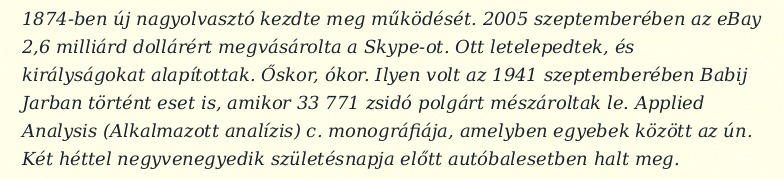
1874-ben új nagyolvasztó kezdte meg működését. 2005 szeptemberében az eBay 2,6 milliárd dollárért megvásárolta a Skype-ot. Ott letelepedtek, és királyságokat alapítottak. Őskor, ókor. Ilyen volt az 1941 szeptemberében Babij Jarban történt eset is, amikor 33 771 zsidó polgárt mészároltak le. Applied Analysis (Alkalmazott analízis) c. monográfiája, amelyben egyebek között az ún. Két héttel negyvenegyedik születésnapja előtt autóbalesetben halt meg.